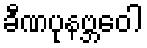
ခီဏပုနဗ္ဘဝေါ